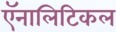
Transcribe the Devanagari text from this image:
ऍनालिटिकल